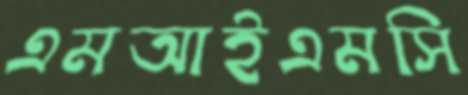
এমআইএমসি